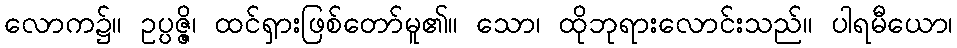
လောက၌။ ဥပ္ပဇ္ဇိ၊ ထင်ရှားဖြစ်တော်မူ၏။ သော၊ ထိုဘုရားလောင်းသည်။ ပါရမီယော၊